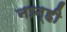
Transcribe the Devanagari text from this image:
नान्ही